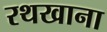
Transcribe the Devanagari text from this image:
रथखाना